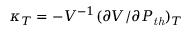
\kappa _ { T } = - V ^ { - 1 } ( \partial V / \partial P _ { \mathit { t h } } ) _ { T }